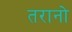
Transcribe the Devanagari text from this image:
तरानो